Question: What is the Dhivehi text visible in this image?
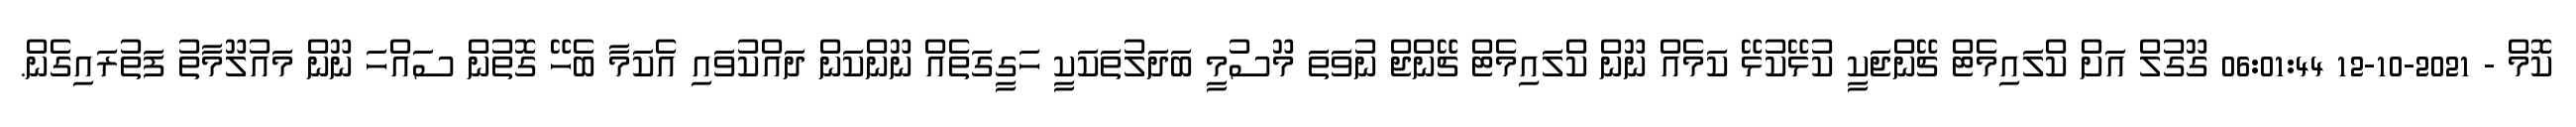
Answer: ކޮމް - 2021-10-12 06:01:44 ގޫގުލް އަށް ކްލައިމެޓް ޗޭންޖަކީ ކުޅޭކުޅޭ ކަމެއް ނޫން ކްލައިމެޓް ޗޭންޖް ނުވަތަ މޫސުމީ ބަދަލުތަކަކީ ހަގީގަތެއް ނޫންކަން ދައްކުވައި އެކަމާ ބެހޭ ގޮތުން ސައްހަ ނޫން މައުލޫމާތު ފަތުރައިގެން.